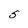
Character: S